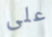
على